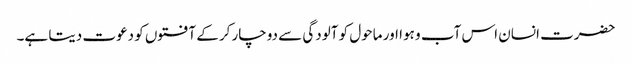
حضرت انسان اس آب و ہوا اور ماحول کو آلودگی سے دوچار کرکے آفتوں کو دعوت دیتا ہے۔